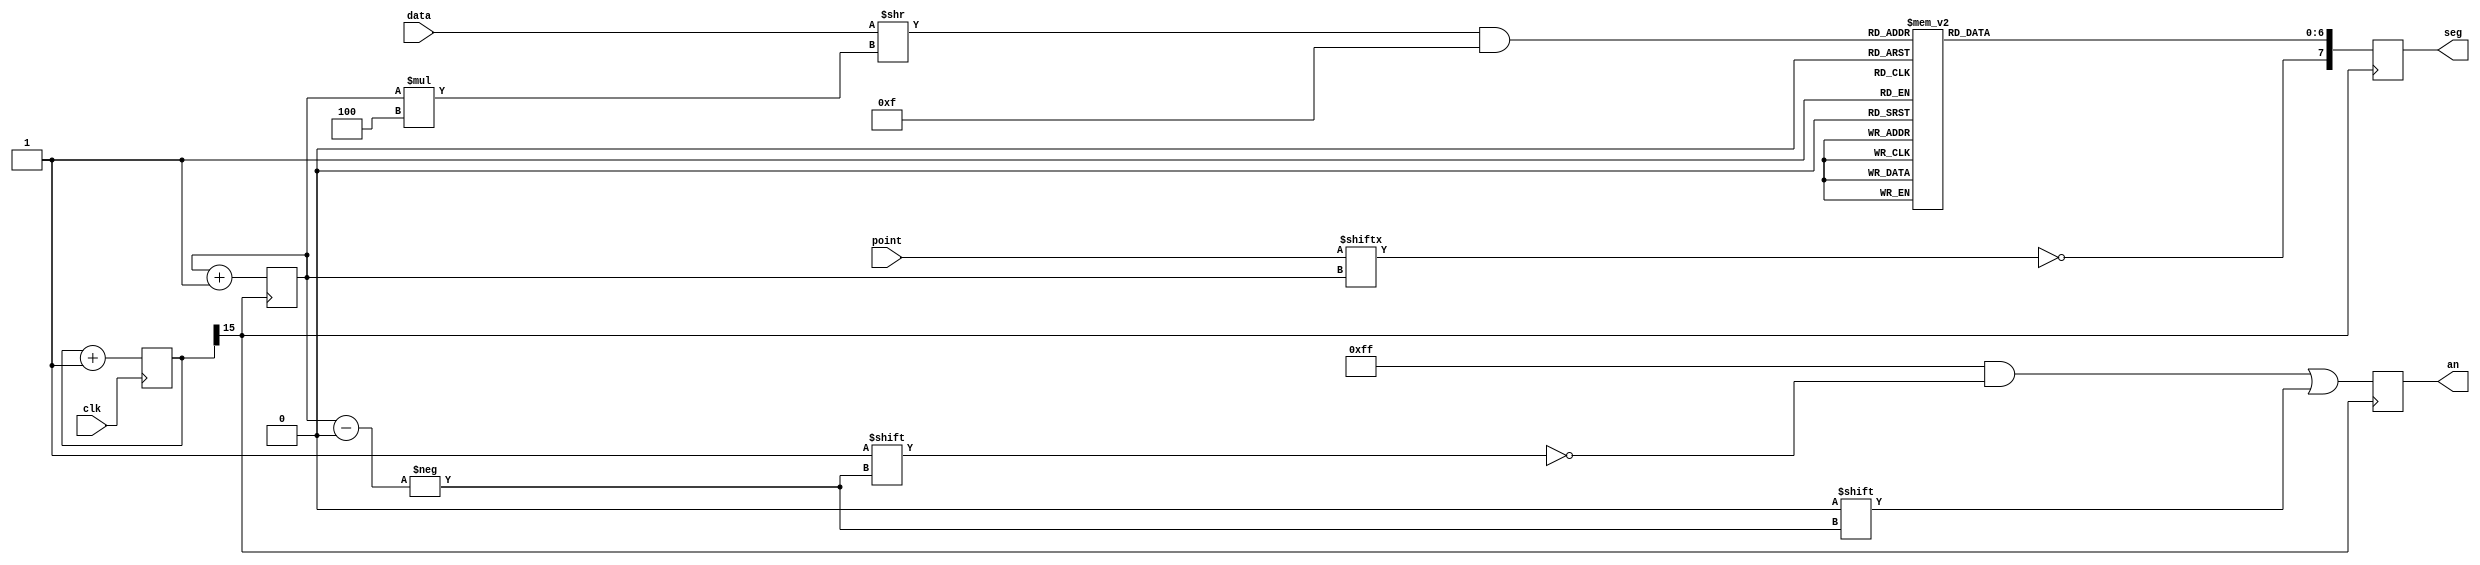
`timescale 1ns / 1ps
//////////////////////////////////////////////////////////////////////////////////
// Company: 
// Engineer: 
// 
// Design Name: 
// Module Name: sement_driver
// Project Name: 
// Target Devices: 
// Tool Versions: 
// Description: 
// 
// Dependencies: 
// 
// Revision:
// Revision 0.01 - File Created
// Additional Comments:
// 
//////////////////////////////////////////////////////////////////////////////////


module segment_driver(
    input clk,
    input [31:0] data,
    input [7:0] point,
    output reg [7:0] seg,
    output reg [7:0] an
    );
    
    reg [2:0]cnt;
    reg [31:0]clk_cnt;
    reg [3:0]digit;
    wire div_clk;
    
    assign div_clk = clk_cnt[15];
    
    initial begin
        cnt = 3'b0;
        clk_cnt = 32'b0;
    end
    
    always @ (posedge clk) begin
        clk_cnt = clk_cnt + 1;
    end
    
    always @ (posedge div_clk) begin
        an = 8'hFF;
        an[cnt] = 1'b0;
        
        digit[3:0] = (data >> (cnt * 4)) & 4'hF;
        case(digit)
            4'h0: seg[6:0] = 7'b100_0000;
            4'h1: seg[6:0] = 7'b111_1001;
            4'h2: seg[6:0] = 7'b010_0100;
            4'h3: seg[6:0] = 7'b011_0000;
            4'h4: seg[6:0] = 7'b001_1001;
            4'h5: seg[6:0] = 7'b001_0010;
            4'h6: seg[6:0] = 7'b000_0010;
            4'h7: seg[6:0] = 7'b101_1000;
            4'h8: seg[6:0] = 7'b000_0000;
            4'h9: seg[6:0] = 7'b001_0000;
            4'ha: seg[6:0] = 7'b000_1000;
            4'hb: seg[6:0] = 7'b000_0011;
            4'hc: seg[6:0] = 7'b100_0110;
            4'hd: seg[6:0] = 7'b010_0001;
            4'he: seg[6:0] = 7'b000_0110;
            4'hf: seg[6:0] = 7'b000_1110;
        endcase
        
        seg[7] = ~point[cnt];
        cnt = cnt + 1;
    end
    
    
endmodule